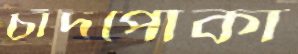
চাঁদপোকা